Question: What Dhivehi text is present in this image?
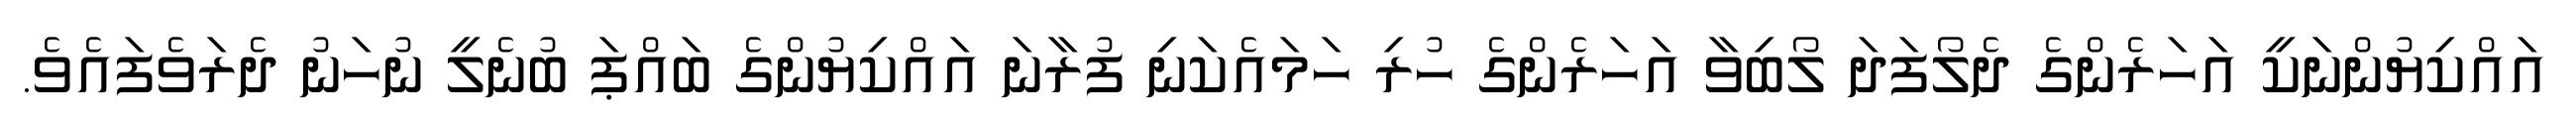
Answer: އައްކިޔުންނަކީ އަހަރެންގެ ދެލޯފަދަ ލޯބިވާ އަހަރެންގެ ހުރި ހަމައެކަނި ފުރާނަ އައްކިޔުންގެ ބައްޕަ ބުނެލީ ނުހަނު ދެރަވެފައެވެ.